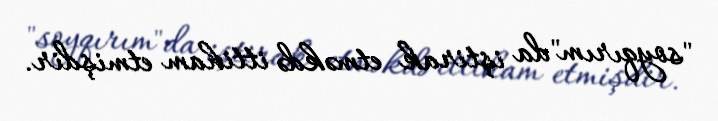
"soyqırım"da iştirak etməkdə ittiham etmişdir.